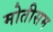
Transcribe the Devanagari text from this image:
मोतीसम